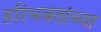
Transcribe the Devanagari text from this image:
हरिभक्तांच्या